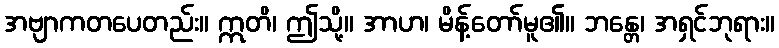
အဗျာကတပေတည်း။ ဣတိ၊ ဤသို့။ အာဟ၊ မိန့်တော်မူ၏။ ဘန္တေ၊ အရှင်ဘုရား။